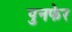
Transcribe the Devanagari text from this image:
पुनफेर